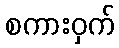
စကားဝှက်